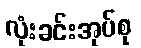
လုံးခင်းအုပ်စု